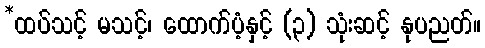
*ထပ်သင့် မသင့်၊ ထောက်ပံ့နှင့် (၃) သုံးဆင့် နုပညတ်။